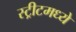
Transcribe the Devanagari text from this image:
स्ट्रीटमध्ये